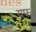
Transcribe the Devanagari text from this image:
यफ